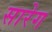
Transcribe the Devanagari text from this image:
सारेग